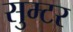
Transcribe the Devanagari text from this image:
सुम्टर